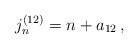
\begin{align*}j_n^{(12)}=n+a_{12}\,, \end{align*}